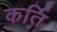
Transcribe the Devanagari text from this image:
कर्ति